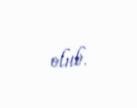
olub.